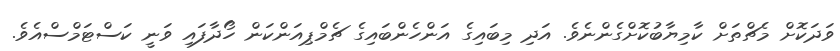
ވަދަކޮށް މެޗްތަށް ކާމިޔާބުކޮށްގެންނެވެ. އަދި މިބައިގެ އަންހެންބައިގެ ޗެމްޕިއަންކަން ހޯދާފައި ވަނީ ކަސްޓަމްސްއެވެ.